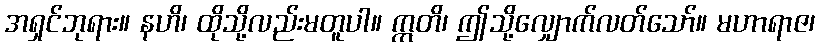
အရှင်ဘုရား။ နဟိ၊ ထိုသို့လည်းမတူပါ။ ဣတိ၊ ဤသို့လျှောက်လတ်သော်။ မဟာရာဇ၊